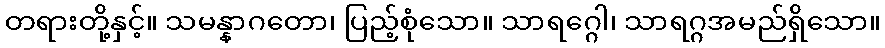
တရားတို့နှင့်။ သမန္နာဂတော၊ ပြည့်စုံသော။ သာရဂ္ဂေါ၊ သာရဂ္ဂအမည်ရှိသော။